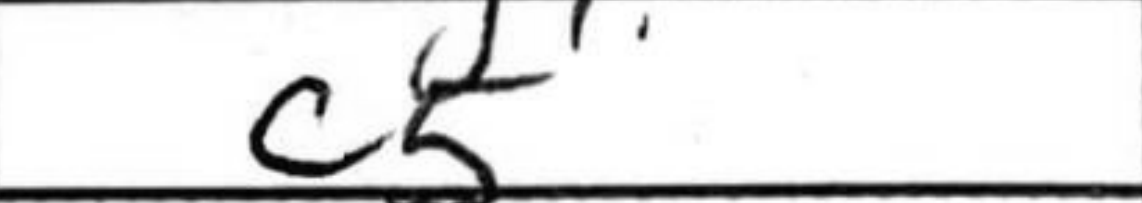
Transcription: c5